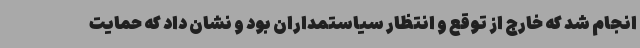
انجام شد که خارج از توقع و انتظار سیاستمداران بود و نشان داد که حمایت